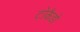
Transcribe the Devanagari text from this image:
टोकैडो